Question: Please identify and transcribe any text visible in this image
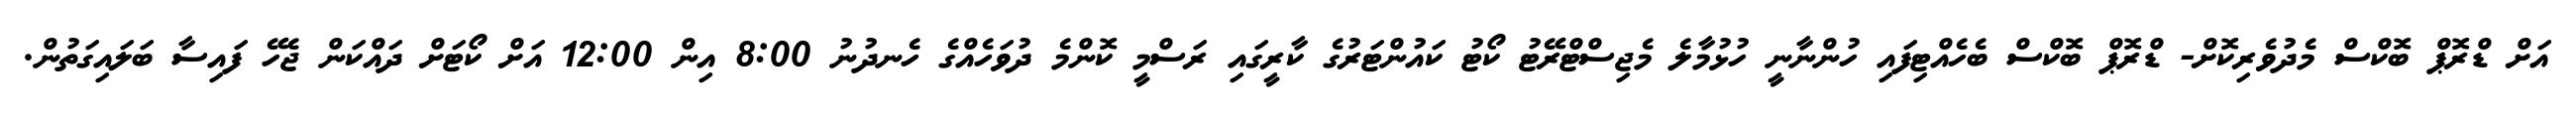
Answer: އަށް ޑްރޮޕް ބޮކްސް މެދުވެރިކޮށް- ޑްރޮޕް ބޮކްސް ބެހެއްޓިފައި ހުންނާނީ ހުޅުމާލެ މެޖިސްޓްރޭޓު ކޯޓު ކައުންޓަރުގެ ކާރީގައި ރަސްމީ ކޮންމެ ދުވަހެއްގެ ހެނދުނު 8:00 އިން 12:00 އަށް ކޯޓަށް ދައްކަން ޖެހޭ ފައިސާ ބަލައިގަތުން.